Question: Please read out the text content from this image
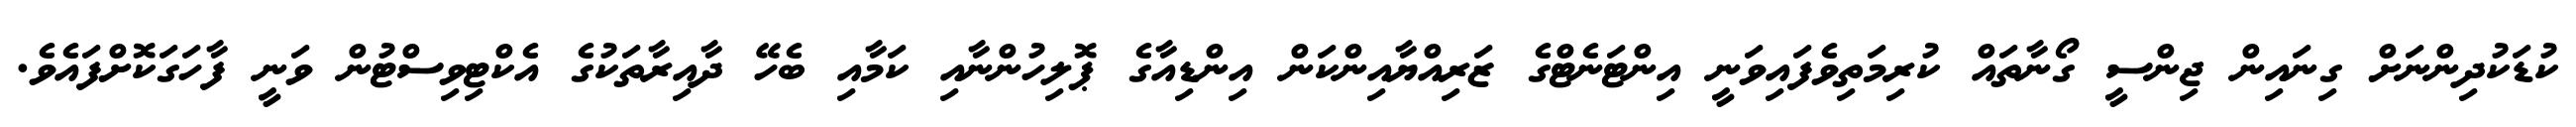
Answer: ކުޑަކުދިންނަށް ގިނައިން ޖިންސީ ގޯނާތައް ކުރިމަތިވެފައިވަނީ އިންޓަނެޓްގެ ޒަރިއްޔާއިންކަން އިންޑިއާގެ ޕޮލިހުންނާއި ކަމާއި ބެހޭ ދާއިރާތަކުގެ އެކްޓިވިސްޓުން ވަނީ ފާހަގަކޮށްފައެވެ.